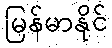
မြန်မာနိုင်